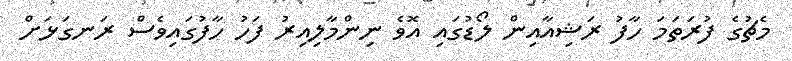
މެޗުގެ ފުރަތަމަ ހާފު ރަޝިއާއިން ލޯޑުގައި އޮވެ ނިންމާލިއިރު ފަހު ހާފުގައިވެސް ރަނގަޅަށް